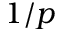
1 / p